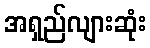
အရှည်လျားဆုံး